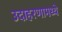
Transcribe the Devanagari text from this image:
उदाहरणामध्ये